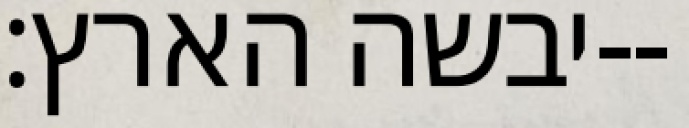
יבשה הארץ׃--